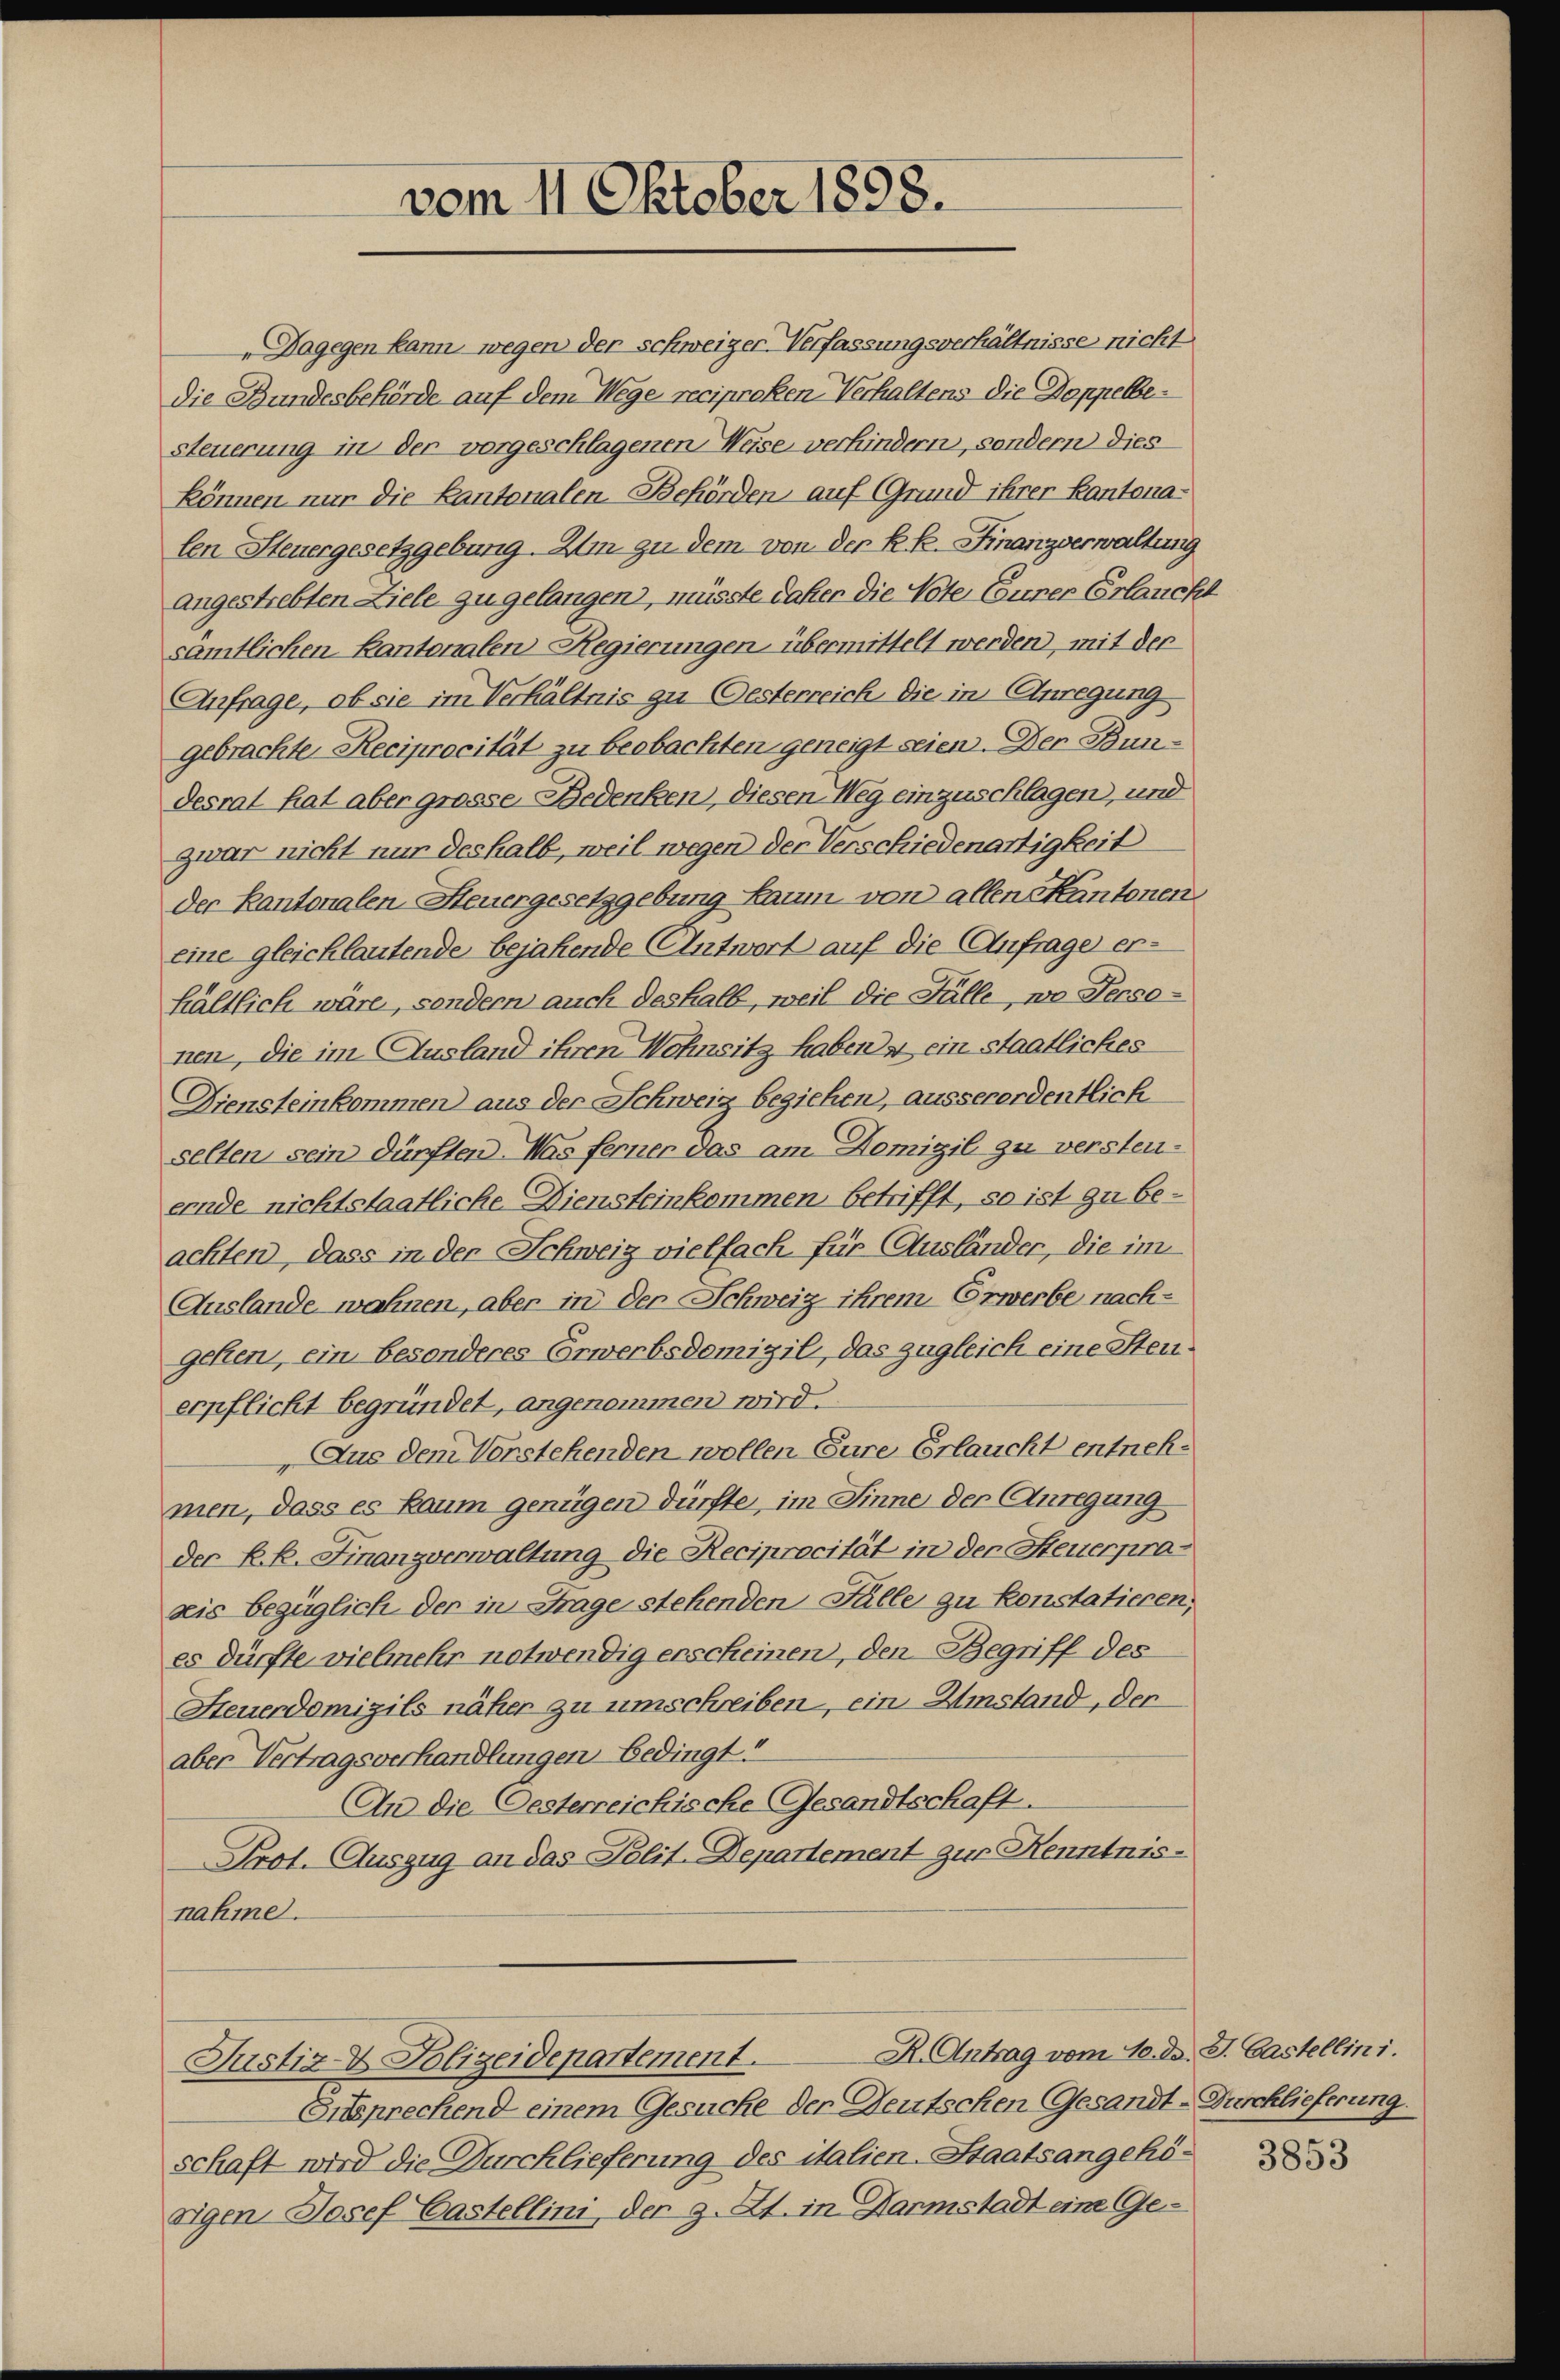
„Dagegen kann, wegen der schweiger Verfassungsverhältnisse nicht
Die Bundesbehörde auf dem Wege reciproken Verhaltens die Doppelbesteuerung in der vorgeschlagenen Weise verhindern, sondern dies
können nur die Kantonalen-Behörden auf Grund ihrer Kantonalen Steuergesetzgebung. Um zu dem von der kk. Finanzverwaltung
angestrebten Ziele zu gelangen, müsste daher die Note Einer Erlaucht
sämtlichen Kantonalen Regierungen übermittelt werden, mit der
Anfrage, ob sie im Verhältnis zu Oesterreich die in Anregung
gebrachte Reciprocität zu beobachten geneigt seien. Der Bundesrat hat aber grosse Bedenken, diesen Weg einzuschlagen, und
zwar nicht nur deshalb, weil wegen der Verschiedenartigkeit
der Kantonalen-Steuergesetzgebung kaum von allen Kantonen
eine gleichlautende bejahende Antwort auf die Anfrage er-
hältlich wäre, sondern auch deshalb, weil die Fülle, wo Personen, die im Ausland ihren Wohnsitz haben ein staatliches
Diensteinkommen) aus der Schweiz beziehen, ausserordentlich
selten sein dürften. Was ferner das am Domizil zu versteuernde nichtstaatliche Diensteinkommen betrifft, so ist zu beachten, dass in der Schweiz vielfach für Ausländer, die im
Auslande wahnen, aber in der Schweiz ihrem Erwerbe nachgehen, ein besonderes Erwerbsdemizil, das zugleich eine Stenerpflicht begründet, angenommen wird.
Aus dem Vorstehenden wollen Eure Erlaucht entnehmen, dass es kaum genügen dürfte, im Sinne der Anregung
der k. k. Finanzverwaltung die Reciprocität in der Steuerpra-
seis bezüglich der in Frage stehenden Fälle zu konstatieren;
es dürfte vielmehr notwendig erscheinen, den Begriff des
Steuerdomizils näher zu umschreiben, ein Umstand, der
aber Vertragsverhandlungen Bedingt!
An die Oesterreichische Gesandtschaft.
Prot. Auszug an das Polit. Departement zur Kenntnisnahme.

vom 11. Oktober 1898.

Eitsprechend einem Gesuche der Deutschen Gesandt-Durchlieferung.
schaft wird die Durchlieferung des italien-Staatsangehörigen Josef Gastellini, der z. Zt. in Harmstadt eine Ge-

Justiz- & Polizeidepartement.

R. Antrag vom 10. d. J. Castellini.

3853